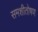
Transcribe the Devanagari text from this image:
समशीतोषण